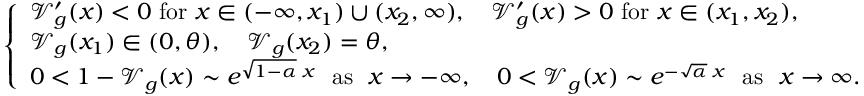
\left\{ \begin{array} { l } { \mathcal { V } _ { g } ^ { \prime } ( x ) < 0 \mathrm { ~ f o r ~ } x \in ( - \infty , x _ { 1 } ) \cup ( x _ { 2 } , \infty ) , \quad \mathcal { V } _ { g } ^ { \prime } ( x ) > 0 \mathrm { ~ f o r ~ } x \in ( x _ { 1 } , x _ { 2 } ) , } \\ { \mathcal { V } _ { g } ( x _ { 1 } ) \in ( 0 , \theta ) , \quad \mathcal { V } _ { g } ( x _ { 2 } ) = \theta , } \\ { 0 < 1 - \mathcal { V } _ { g } ( x ) \sim e ^ { \sqrt { 1 - \alpha } \; x } \mathrm { \ \ a s \ \ } x \to - \infty , \quad 0 < \mathcal { V } _ { g } ( x ) \sim e ^ { - \sqrt { \alpha } \; x } \mathrm { \ \ a s \ \ } x \to \infty . } \end{array} \right.